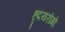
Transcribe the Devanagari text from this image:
हृदयरोगो